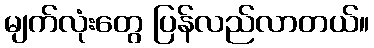
မျက်လုံးတွေ ပြန်လည်လာတယ်။